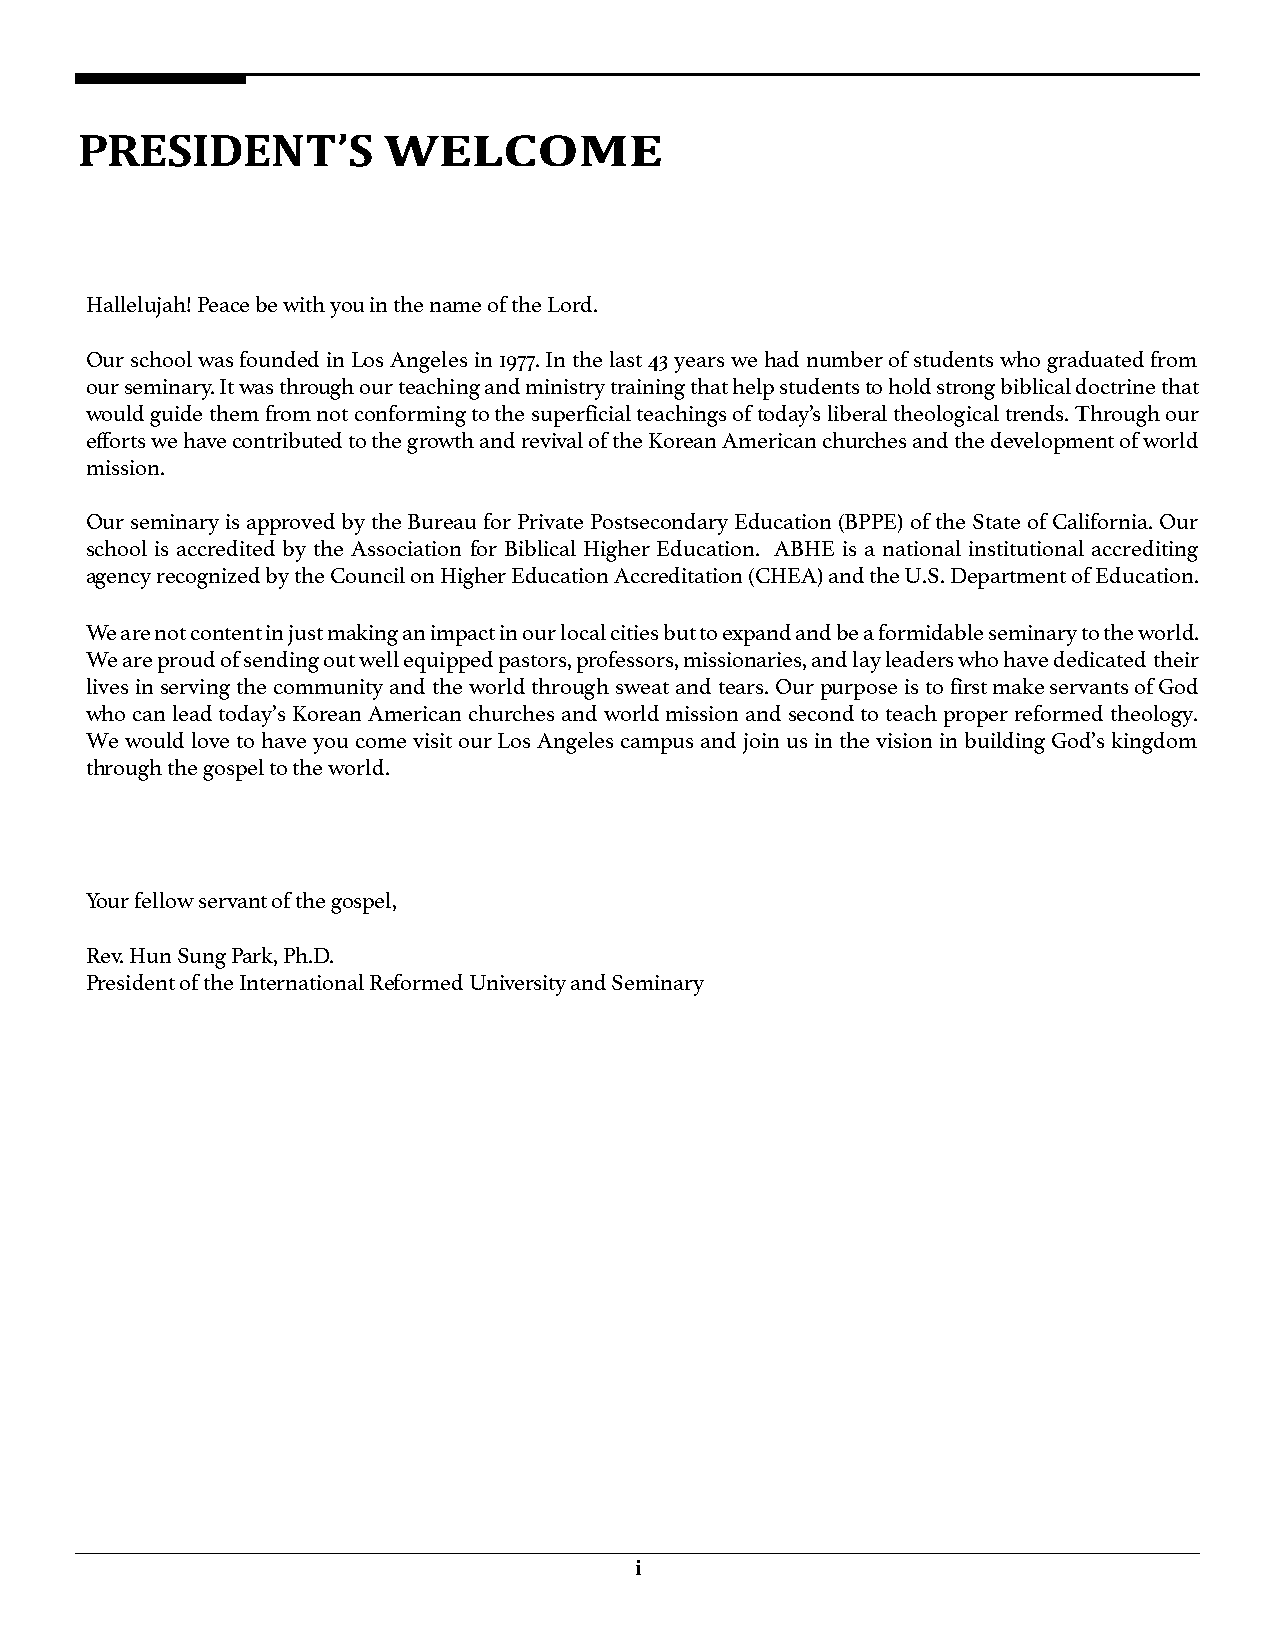
PRESIDENT’S         WELCOME
 Hallelujah! Peace be with you in the name of the Lord.
 Our school was founded in Los Angeles in 1977. In the last 43 years we had number of students who graduated from
 our seminary. It was through our teaching and ministry training that help students to hold strong biblical doctrine that
 would guide them from not conforming to the superficial teachings of today’s liberal theological trends. Through our
 efforts we have contributed to the growth and revival of the Korean American churches and the development of world
 mission.
 Our seminary is approved by the Bureau for Private Postsecondary Education (BPPE) of the State of California. Our
 school is accredited by the Association for Biblical Higher Education. ABHE is a national institutional accrediting
 agency recognized by the Council on Higher Education Accreditation (CHEA) and the U.S. Department of Education.
 We are not content in just making an impact in our local cities but to expand and be a formidable seminary to the world.
 We are proud of sending out well equipped pastors, professors, missionaries, and lay leaders who have dedicated their
 lives in serving the community and the world through sweat and tears. Our purpose is to first make servants of God
 who can lead today’s Korean American churches and world mission and second to teach proper reformed theology.
 We would love to have you come visit our Los Angeles campus and join us in the vision in building God’s kingdom
 through the gospel to the world.
 Your fellow servant of the gospel,
 Rev. Hun Sung Park, Ph.D.
 President of the International Reformed University and Seminary
 i